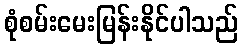
စုံစမ်းမေးမြန်းနိုင်ပါသည်